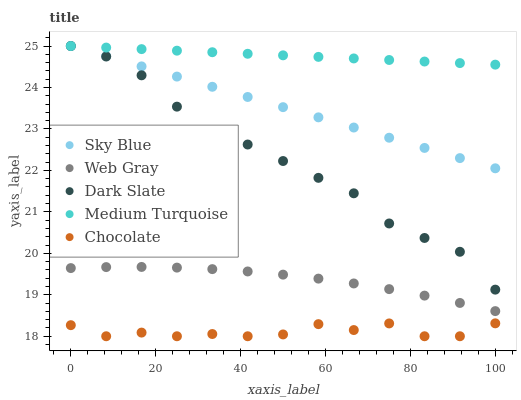
| xaxis_label | Sky Blue | Web Gray | Dark Slate | Medium Turquoise | Chocolate |
 | --- | --- | --- | --- | --- | --- |
 | 0 | 25 | 19.6 | 25 | 25 | 18.3 |
 | 8.33 | 24.8 | 19.7 | 24.7 | 25 | 18 |
 | 16.7 | 24.5 | 19.7 | 24.3 | 24.9 | 18.1 |
 | 25 | 24.3 | 19.7 | 23.5 | 24.9 | 18 |
 | 33.3 | 24 | 19.6 | 22.8 | 24.9 | 18.1 |
 | 41.7 | 23.8 | 19.6 | 22.6 | 24.8 | 18 |
 | 50 | 23.5 | 19.5 | 22.2 | 24.8 | 18 |
 | 58.3 | 23.3 | 19.4 | 21.8 | 24.7 | 18.3 |
 | 66.7 | 23 | 19.3 | 21.4 | 24.7 | 18.1 |
 | 75 | 22.8 | 19.1 | 20.7 | 24.7 | 18.3 |
 | 83.3 | 22.5 | 19 | 20.4 | 24.6 | 18 |
 | 91.7 | 22.3 | 18.8 | 20 | 24.6 | 18 |
 | 100 | 22.1 | 18.6 | 19.1 | 24.6 | 18.3 |